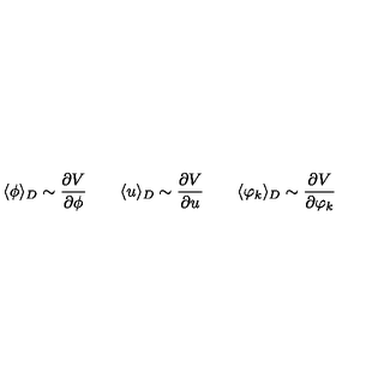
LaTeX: \langle \phi \rangle _ { D } \sim \frac { \partial V } { \partial \phi } \qquad \langle u \rangle _ { D } \sim \frac { \partial V } { \partial u } \qquad \langle \varphi _ { k } \rangle _ { D } \sim \frac { \partial V } { \partial \varphi _ { k } }